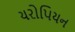
યરોપિયન